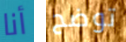
أنا توضح